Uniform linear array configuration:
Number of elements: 64
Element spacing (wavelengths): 0.5
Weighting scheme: cosine
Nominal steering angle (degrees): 0
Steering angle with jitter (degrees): -0.148
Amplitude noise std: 0.05
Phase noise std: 0.05

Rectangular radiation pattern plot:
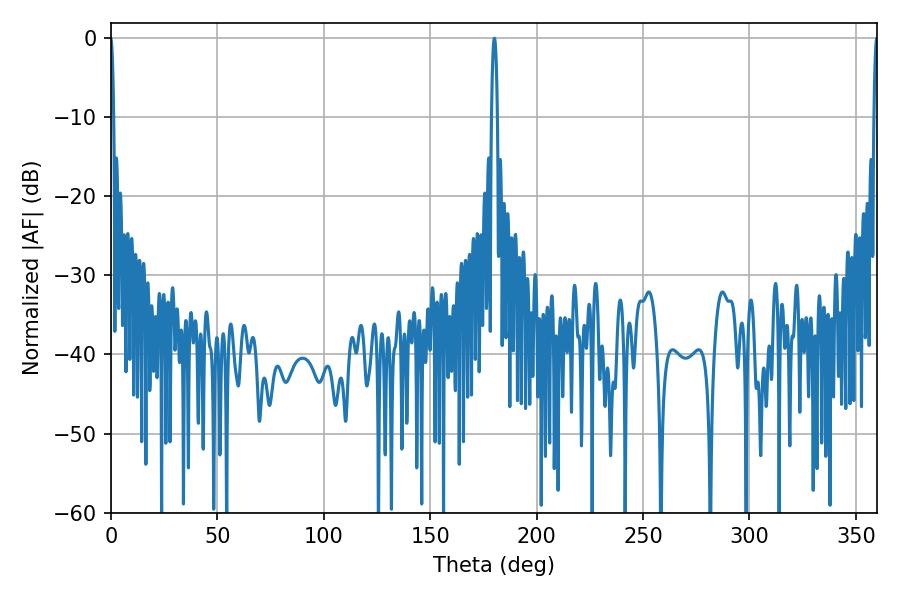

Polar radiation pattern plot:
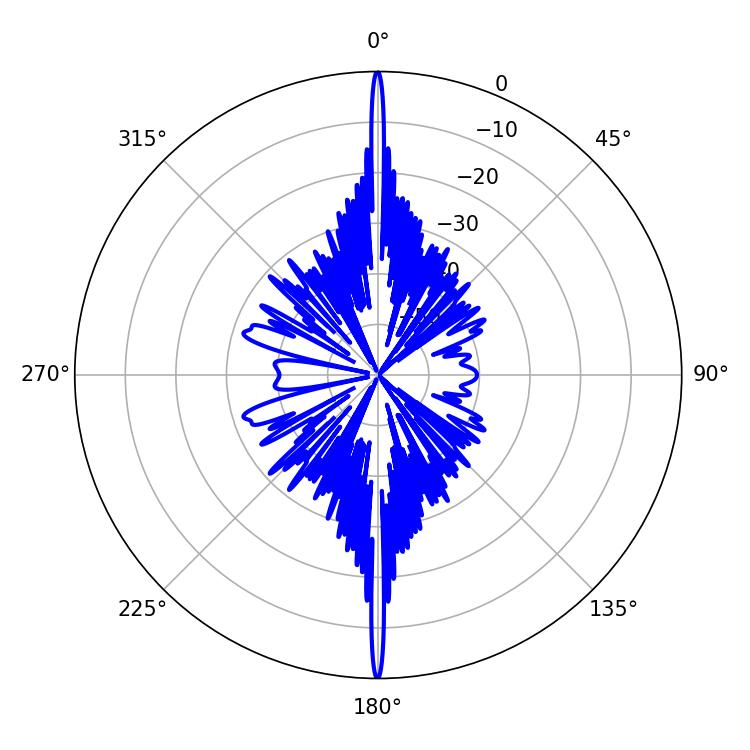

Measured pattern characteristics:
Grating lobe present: FALSE
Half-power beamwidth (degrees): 0.9
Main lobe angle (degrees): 359.82